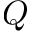
Q